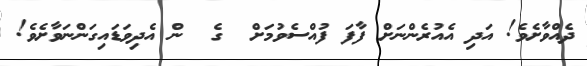
ދެއްވާށެވެ! އަދި އެއުރެންނަށް ފާފަ ފުއްސެވުމަށް  ގެ  ން އެދިވަޑައިގަންނަވާށެވެ!